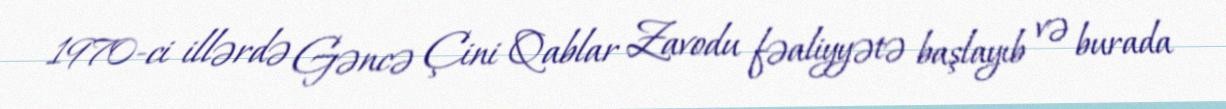
1970-ci illərdə Gəncə Çini Qablar Zavodu fəaliyyətə başlayıb və burada